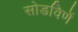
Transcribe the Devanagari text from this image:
सोडविणें